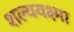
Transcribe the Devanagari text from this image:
शल्ययक्ष्मा